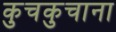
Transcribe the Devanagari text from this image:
कुचकुचाना